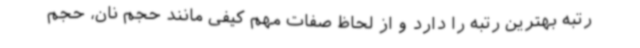
رتبه بهترین رتبه را دارد و از لحاظ صفات مهم کیفی مانند حجم نان، حجم